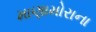
માણામોરાના